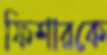
ফিশারকে